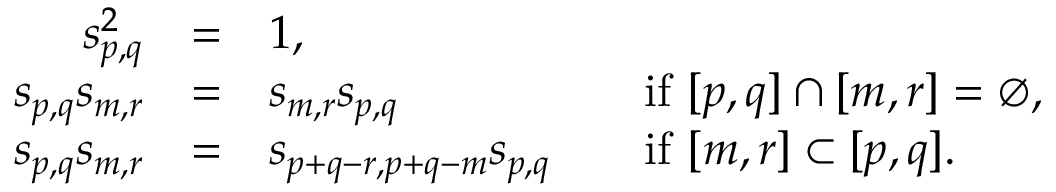
\begin{array} { r c l l } { s _ { p , q } ^ { 2 } } & { = } & { 1 , } & \\ { s _ { p , q } s _ { m , r } } & { = } & { s _ { m , r } s _ { p , q } } & { \quad \mathrm { i f \ } [ p , q ] \cap [ m , r ] = \emptyset , } \\ { s _ { p , q } s _ { m , r } } & { = } & { s _ { p + q - r , p + q - m } s _ { p , q } } & { \quad \mathrm { i f \ } [ m , r ] \subset [ p , q ] . } \end{array}